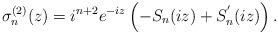
LaTeX: \begin{align*}\sigma_n^{(2)}(z) = i^{n+2} e^{-iz}\left( -S_n (iz)+ S_n^{'}(iz)\right) .\end{align*}